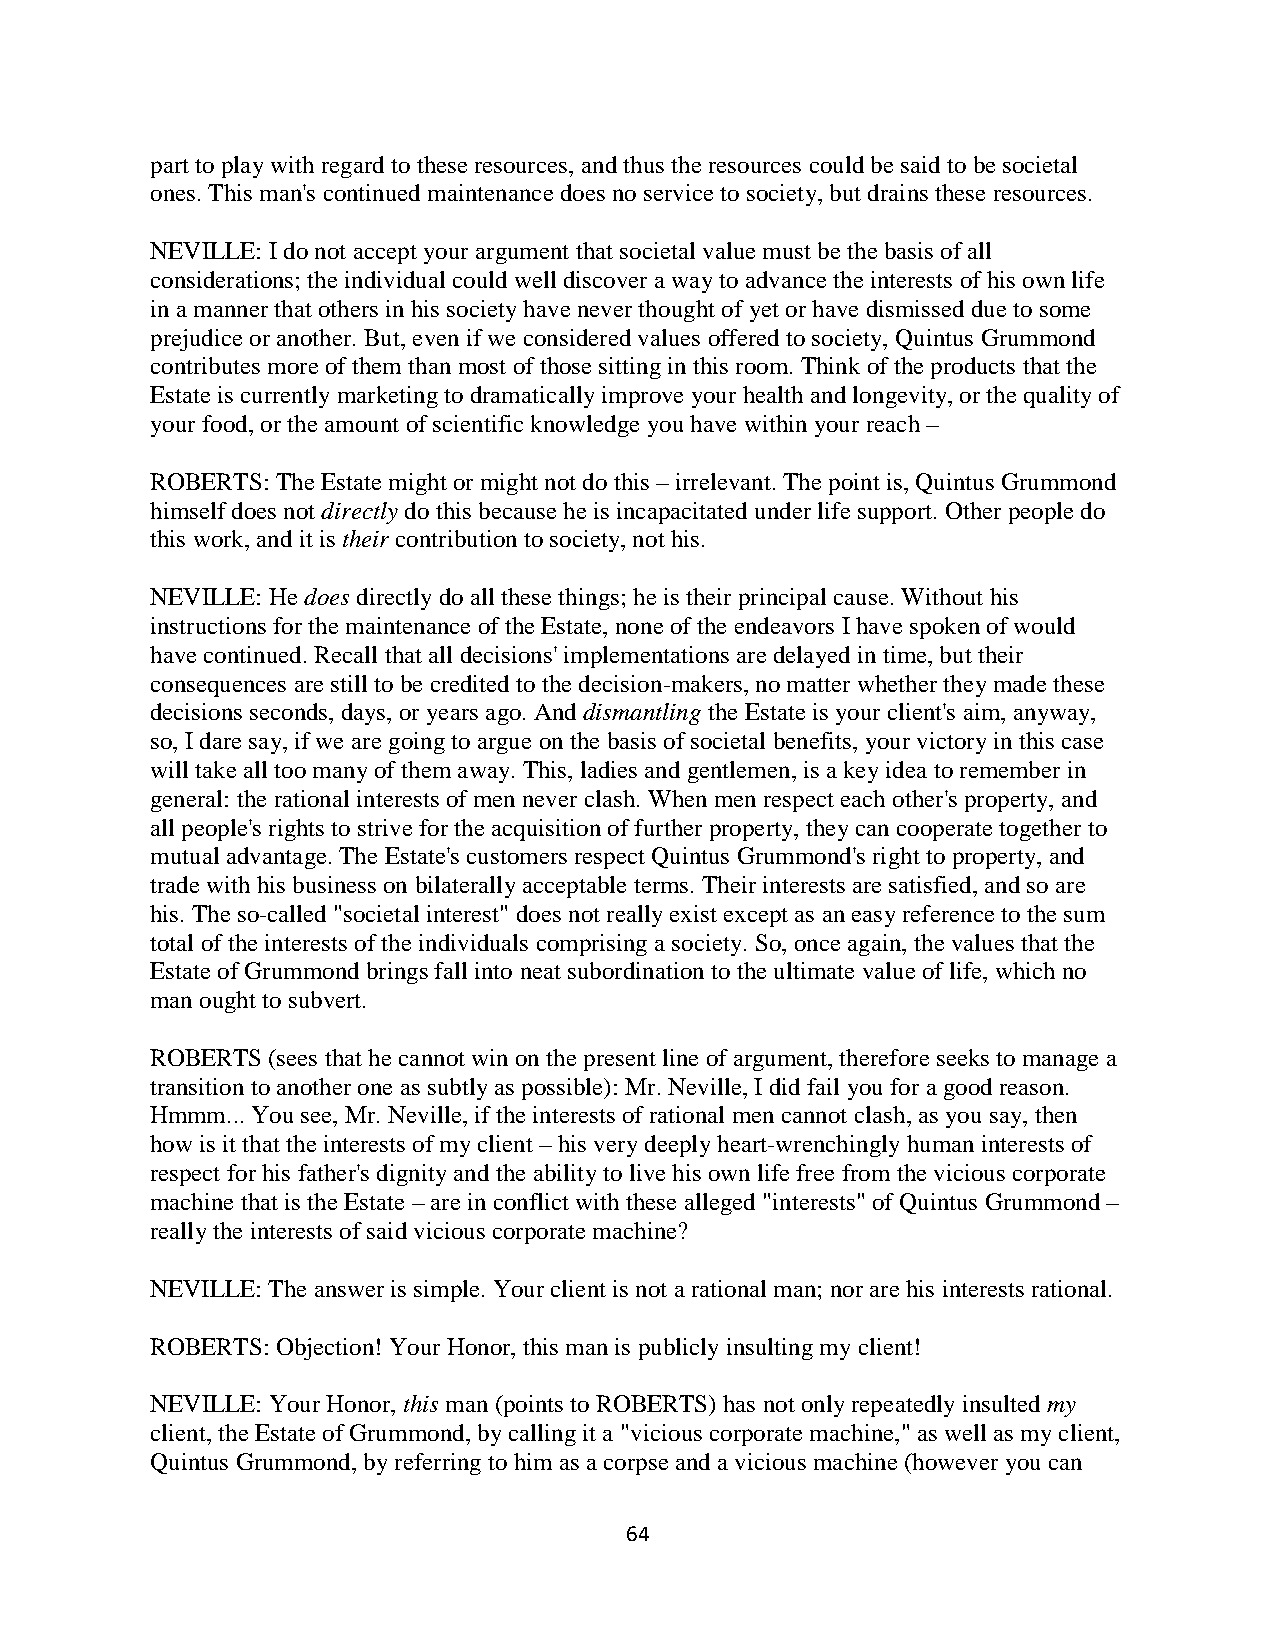
part to play with regard to these resources, and thus the resources could be said to be societal
 ones. This man's continued maintenance does no service to society, but drains these resources.
 NEVILLE: I do not accept your argument that societal value must be the basis of all
 considerations; the individual could well discover a way to advance the interests of his own life
 in a manner that others in his society have never thought of yet or have dismissed due to some
 prejudice or another. But, even if we considered values offered to society, Quintus Grummond
 contributes more of them than most of those sitting in this room. Think of the products that the
 Estate is currently marketing to dramatically improve your health and longevity, or the quality of
 your food, or the amount of scientific knowledge you have within your reach –
 ROBERTS: The Estate might or might not do this – irrelevant. The point is, Quintus Grummond
 himself does not directly do this because he is incapacitated under life support. Other people do
 this work, and it is their contribution to society, not his.
 NEVILLE: He does directly do all these things; he is their principal cause. Without his
 instructions for the maintenance of the Estate, none of the endeavors I have spoken of would
 have continued. Recall that all decisions' implementations are delayed in time, but their
 consequences are still to be credited to the decision-makers, no matter whether they made these
 decisions seconds, days, or years ago. And dismantling the Estate is your client's aim, anyway,
 so, I dare say, if we are going to argue on the basis of societal benefits, your victory in this case
 will take all too many of them away. This, ladies and gentlemen, is a key idea to remember in
 general: the rational interests of men never clash. When men respect each other's property, and
 all people's rights to strive for the acquisition of further property, they can cooperate together to
 mutual advantage. The Estate's customers respect Quintus Grummond's right to property, and
 trade with his business on bilaterally acceptable terms. Their interests are satisfied, and so are
 his. The so-called "societal interest" does not really exist except as an easy reference to the sum
 total of the interests of the individuals comprising a society. So, once again, the values that the
 Estate of Grummond brings fall into neat subordination to the ultimate value of life, which no
 man ought to subvert.
 ROBERTS (sees that he cannot win on the present line of argument, therefore seeks to manage a
 transition to another one as subtly as possible): Mr. Neville, I did fail you for a good reason.
 Hmmm... You see, Mr. Neville, if the interests of rational men cannot clash, as you say, then
 how is it that the interests of my client – his very deeply heart-wrenchingly human interests of
 respect for his father's dignity and the ability to live his own life free from the vicious corporate
 machine that is the Estate – are in conflict with these alleged "interests" of Quintus Grummond –
 really the interests of said vicious corporate machine?
 NEVILLE: The answer is simple. Your client is not a rational man; nor are his interests rational.
 ROBERTS: Objection! Your Honor, this man is publicly insulting my client!
 NEVILLE: Your Honor, this man (points to ROBERTS) has not only repeatedly insulted my
 client, the Estate of Grummond, by calling it a "vicious corporate machine," as well as my client,
 Quintus Grummond, by referring to him as a corpse and a vicious machine (however you can
 64